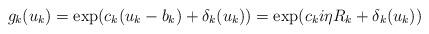
LaTeX: \begin{align*}g_k(u_k)=\exp(c_k(u_k-b_k)+\delta_k(u_k)) =\exp(c_ki\eta R_k+\delta_k(u_k))\end{align*}